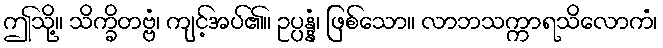
ဤသို့။ သိက္ခိတဗ္ဗံ၊ ကျင့်အပ်၏။ ဥပ္ပန္နံ၊ ဖြစ်သော။ လာဘသက္ကာရသိလောကံ၊